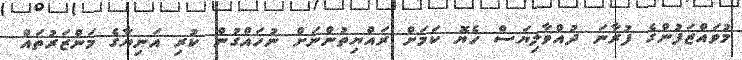
މުވައްޒަފުންގެ ފުރާނަ ދުއްވާލިޔަސް ހެޔޮ ކަމަށް ރައްޔިތުންނަށް ނުހައްގުން ކުރި އަނިޔާގެ މަންޒަރުތައް